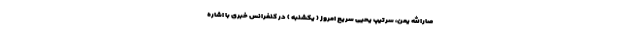
صارالله یمن، سرتیپ یحیی سریع امروز ( یکشنبه ) در کنفرانس خبری با اشاره